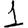
Digit: 1